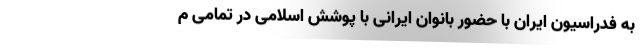
به فدراسیون ایران با حضور بانوان ایرانی با پوشش اسلامی در تمامی م